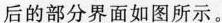
后的部分界面如图所示。